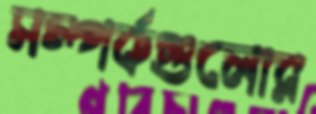
সম্পর্কগুলোর